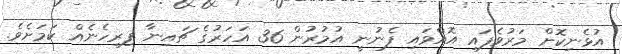
އުޅެނިކޮށް މަރުވެފައި އޮއްވައި ފެނުނީ އުމުރުން 36 އަހަރުގެ ޗައިނާ ފިރިހެނެއް ކަމަށެވެ.